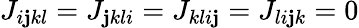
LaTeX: J_{i\mathbf{j}kl}=J_{\mathbf{j}kli}=J_{kli\mathbf{j}}=J_{li\mathbf{j}k}=0